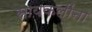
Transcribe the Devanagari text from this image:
सायकलींना